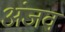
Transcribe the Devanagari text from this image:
अंजव